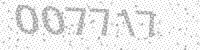
Solution: 007717